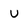
Character: u